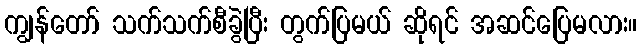
ကျွန်တော် သက်သက်စီခွဲပြီး တွက်ပြမယ် ဆိုရင် အဆင်ပြေမလား။